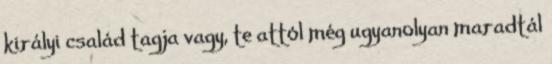
királyi család tagja vagy, te attól még ugyanolyan maradtál